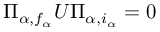
\Pi _ { \alpha , f _ { \alpha } } U \Pi _ { \alpha , i _ { \alpha } } = 0